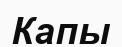
Капы